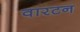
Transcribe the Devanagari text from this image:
वारटन